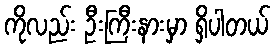
ကိုလည်း ဦးကြီးနားမှာ ရှိပါတယ်